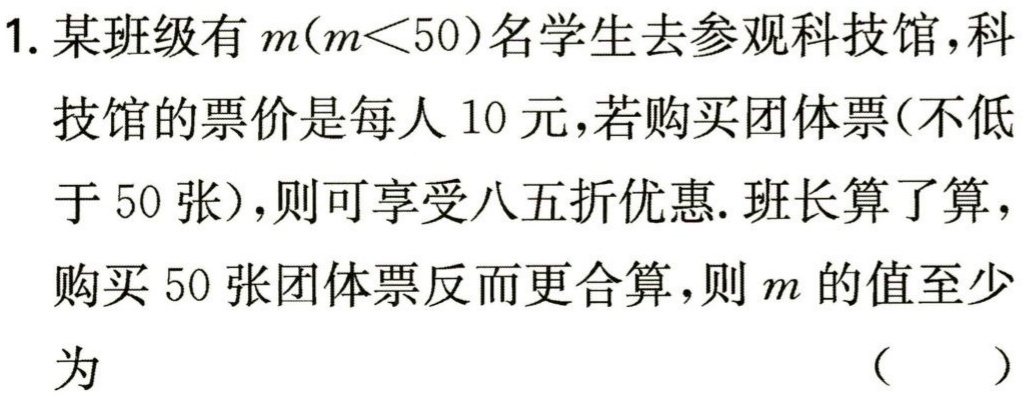
1. 某班级有\(m(m < 50)\)名学生去参观科技馆，科技馆的票价是每人\(10\)元，若购买团体票(不低于\(50\)张)，则可享受八五折优惠. 班长算了算，购买\(50\)张团体票反而更合算，则\(m\)的值至少为 （  ）